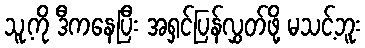
သူ့ကို ဒီကနေပြီး အရှင်ပြန်လွှတ်ဖို့ မသင့်ဘူး